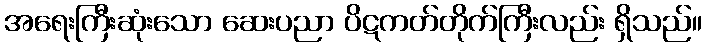
အရေးကြီးဆုံးသော ဆေးပညာ ပိဋကတ်တိုက်ကြီးလည်း ရှိသည်။